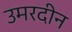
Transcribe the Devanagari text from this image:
उमरदीन